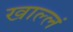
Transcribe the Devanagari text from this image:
खाल्लं